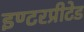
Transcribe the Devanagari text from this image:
इण्टरप्रीटेड